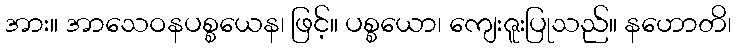
အား။ အာသေဝနပစ္စယေန၊ ဖြင့်။ ပစ္စယော၊ ကျေးဇူးပြုသည်။ နဟောတိ၊